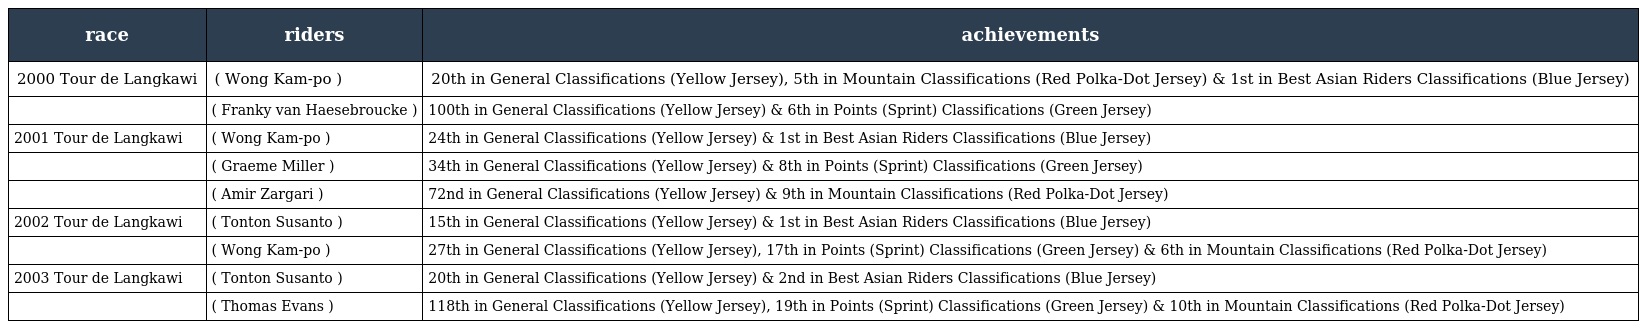
| race | riders | achievements |
 | --- | --- | --- |
 | 2000 Tour de Langkawi | ( Wong Kam-po ) | 20th in General Classifications (Yellow Jersey), 5th in Mountain Classifications (Red Polka-Dot Jersey) & 1st in Best Asian Riders Classifications (Blue Jersey) |
 |  | ( Franky van Haesebroucke ) | 100th in General Classifications (Yellow Jersey) & 6th in Points (Sprint) Classifications (Green Jersey) |
 | 2001 Tour de Langkawi | ( Wong Kam-po ) | 24th in General Classifications (Yellow Jersey) & 1st in Best Asian Riders Classifications (Blue Jersey) |
 |  | ( Graeme Miller ) | 34th in General Classifications (Yellow Jersey) & 8th in Points (Sprint) Classifications (Green Jersey) |
 |  | ( Amir Zargari ) | 72nd in General Classifications (Yellow Jersey) & 9th in Mountain Classifications (Red Polka-Dot Jersey) |
 | 2002 Tour de Langkawi | ( Tonton Susanto ) | 15th in General Classifications (Yellow Jersey) & 1st in Best Asian Riders Classifications (Blue Jersey) |
 |  | ( Wong Kam-po ) | 27th in General Classifications (Yellow Jersey), 17th in Points (Sprint) Classifications (Green Jersey) & 6th in Mountain Classifications (Red Polka-Dot Jersey) |
 | 2003 Tour de Langkawi | ( Tonton Susanto ) | 20th in General Classifications (Yellow Jersey) & 2nd in Best Asian Riders Classifications (Blue Jersey) |
 |  | ( Thomas Evans ) | 118th in General Classifications (Yellow Jersey), 19th in Points (Sprint) Classifications (Green Jersey) & 10th in Mountain Classifications (Red Polka-Dot Jersey) |